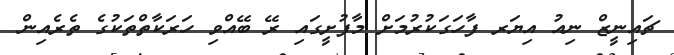
ޗައިނީޒް ނިއު އިޔަރ ފާހަގަކުރުމަށް މާފުށީގައި ރޭ ބޭއްވި ހަރަކާތްތަކުގެ ތެރެއިން